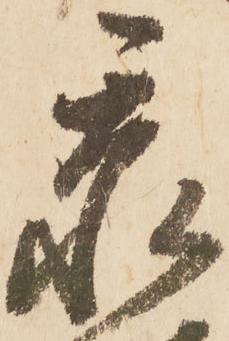
忝